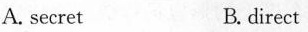
A.secret B. direct